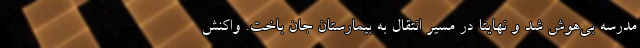
مدرسه بی‌هوش شد و نهایتا در مسیر انتقال به بیمارستان جان باخت. واکنش